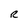
Character: R